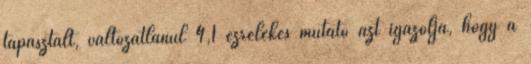
tapasztalt, változatlanul 4,1 ezrelékes mutató azt igazolja, hogy a